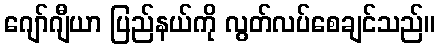
ဂျော်ဂျီယာ ပြည်နယ်ကို လွတ်လပ်စေချင်သည်။